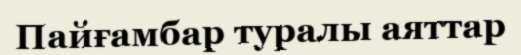
Пайғамбар туралы аяттар